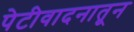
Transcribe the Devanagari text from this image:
पेटीवादनातून